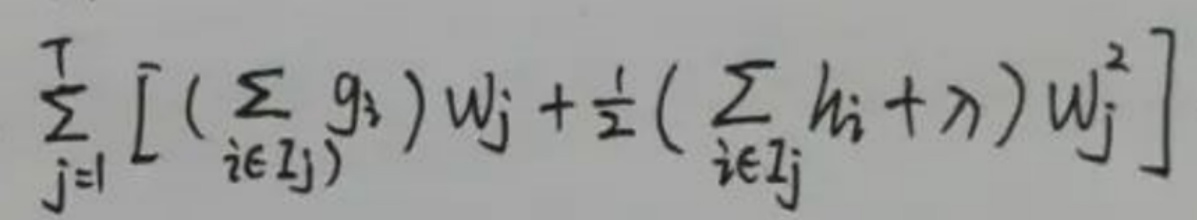
\[
\sum_{j = 1}^{T} \left[ \left( \sum_{i \in I_j} g_i \right) w_j + \frac{1}{2} \left( \sum_{i \in I_j} h_i + \lambda \right) w_j^2 \right]
\]